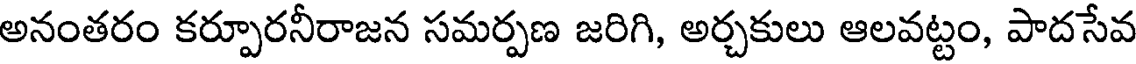
అనంతరం కర్పూరనీరాజన సమర్పణ జరిగి, అర్చకులు ఆలవట్టం, పాదసేవ